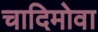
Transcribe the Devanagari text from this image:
चादिमोवा